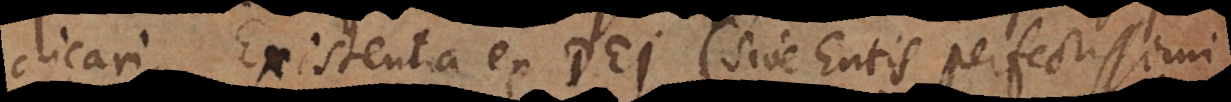
dicari. Existentia ex Dei (sive Entis perfectissimi,